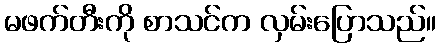
မဖက်တီးကို စာသင်က လှမ်းပြောသည်။